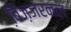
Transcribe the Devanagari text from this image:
बि़ज़जरनल